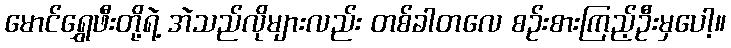
မောင်ရွှေဖီးတို့ရဲ့ အဲသည်လိုများလည်း တစ်ခါတလေ စဉ်းစားကြည့်ဦးမှပေါ့။